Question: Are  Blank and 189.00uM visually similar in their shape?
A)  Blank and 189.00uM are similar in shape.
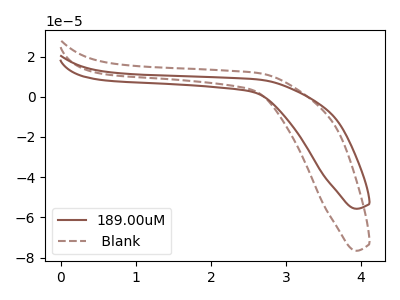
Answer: <think>The brown curve "189.00uM" has no peaks. The brown dashed curve " Blank" has no peaks.
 Neither " Blank" or "189.00uM" have any peaks.</think>
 <answer>A) " Blank" and "189.00uM" are similar in shape.</answer>
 <eval>A</eval>